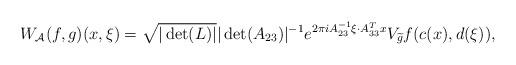
LaTeX: \begin{align*}W_\mathcal{A}(f,g)(x,\xi)=\sqrt{|\det(L)|}|\det(A_{23})|^{-1}e^{2\pi iA_{23}^{-1}\xi\cdot A_{33}^Tx}V_{\widetilde{g}}f(c(x),d(\xi)),\end{align*}